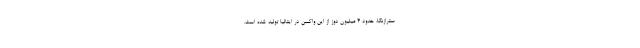
سترازنکا، حدود ۴ میلیون دوز از این واکسن در ایتالیا تولید شده است.